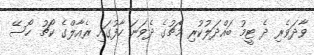
ވާދަވެރި ދެ ޓީމު ބައްދަލުކުރި މެޗުގެ ދެވަނަ ހާފުގައި ރެއާލްގެ ކޯޗު ހޯސޭ